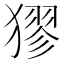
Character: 㺒